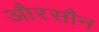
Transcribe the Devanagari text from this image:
औरसौन